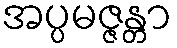
အပ္ပမဇ္ဇန္တာ